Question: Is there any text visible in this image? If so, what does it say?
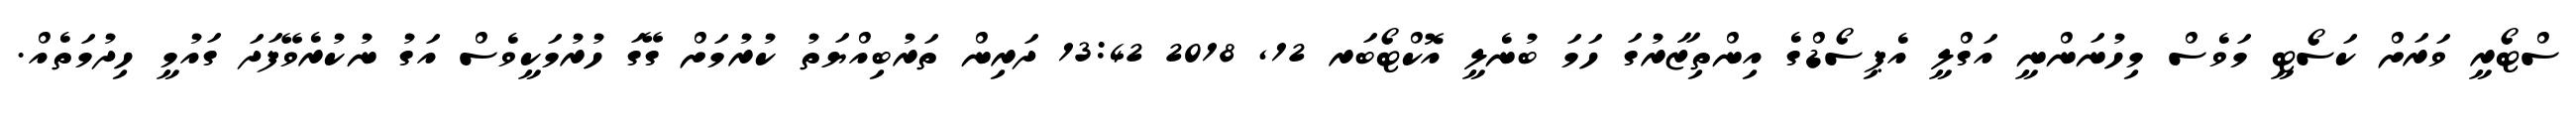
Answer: ސްޓޯރީ ވަރަށް ކަސޯޓީ މަވެސް މިހުނަންނީ އަގްލީ އެޕިސޯޑްގެ އިންތިޒާރުގަ ހަމަ ބުނެލީ އޮކްޓޯބަރ 12, 2018 13:42 ދަރިން ތަރުބިއްޔަތު ކުރުމަށް ގޭގަ ހުރުމަކީވެސް އަގު ނުކުރެވޭފަދަ ގައުމީ ހިދުމަތެއް.